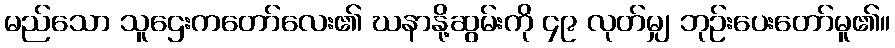
မည်သော သူဌေးကတော်လေး၏ ဃနာနို့ဆွမ်းကို ၄၉ လုတ်မျှ ဘုဉ်းပေးတော်မူ၏။